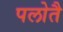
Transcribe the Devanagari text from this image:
पलोतै